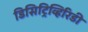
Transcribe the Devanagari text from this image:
डिसिट्रिव्हिरिडी